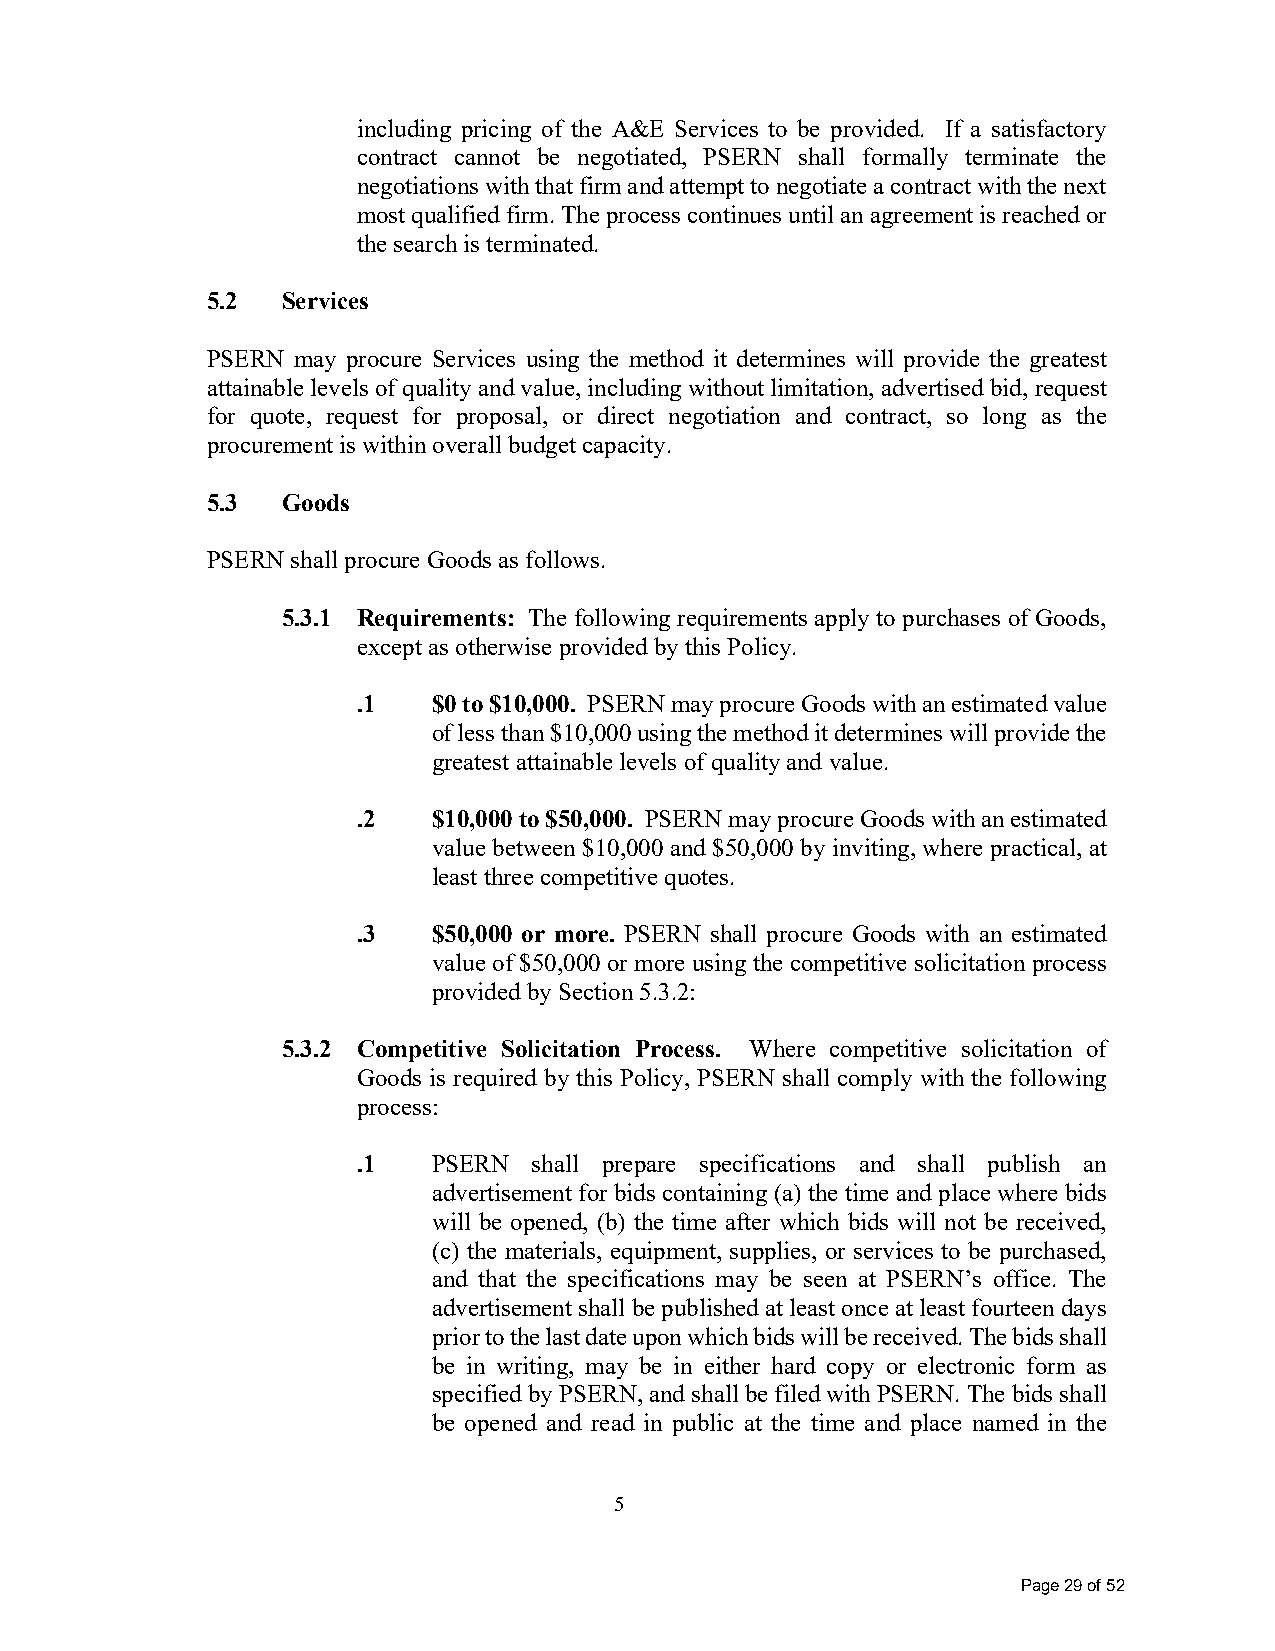
including pricing of the A&E Services to be provided. If a satisfactory
 contract cannot be negotiated, PSERN shall formally terminate the
 negotiations with that firm and attempt to negotiate a contract with the next
 most qualified firm. The process continues until an agreement is reached or
 the search is terminated.
 5.2  Services
 PSERN may procure Services using the method it determines will provide the greatest
 attainable levels of quality and value, including without limitation, advertised bid, request
 for quote, request for proposal, or direct negotiation and contract, so long as the
 procurement is within overall budget capacity.
 5.3  Goods
 PSERN shall procure Goods as follows.
 5.3.1 Requirements: The following requirements apply to purchases of Goods,
 except as otherwise provided by this Policy.
 .1   $0 to $10,000. PSERN may procure Goods with an estimated value
 of less than $10,000 using the method it determines will provide the
 greatest attainable levels of quality and value.
 .2   $10,000 to $50,000. PSERN may procure Goods with an estimated
 value between $10,000 and $50,000 by inviting, where practical, at
 least three competitive quotes.
 .3   $50,000 or more. PSERN shall procure Goods with an estimated
 value of $50,000 or more using the competitive solicitation process
 provided by Section 5.3.2:
 5.3.2 Competitive Solicitation Process. Where competitive solicitation of
 Goods is required by this Policy, PSERN shall comply with the following
 process:
 .1   PSERN shall prepare specifications and shall publish an
 advertisement for bids containing (a) the time and place where bids
 will be opened, (b) the time after which bids will not be received,
 (c) the materials, equipment, supplies, or services to be purchased,
 and that the specifications may be seen at PSERN’s office. The
 advertisement shall be published at least once at least fourteen days
 prior to the last date upon which bids will be received. The bids shall
 be in writing, may be in either hard copy or electronic form as
 specified by PSERN, and shall be filed with PSERN. The bids shall
 be opened and read in public at the time and place named in the
 5
 Page 29 of 52